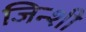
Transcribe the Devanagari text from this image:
जिन्शी